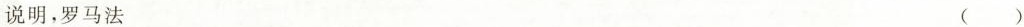
说明，罗马法 ()